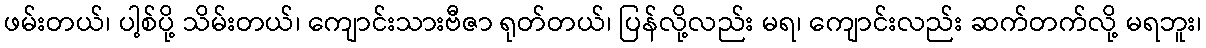
ဖမ်းတယ်၊ ပါ့စ်ပို့ သိမ်းတယ်၊ ကျောင်းသားဗီဇာ ရုတ်တယ်၊ ပြန်လို့လည်း မရ၊ ကျောင်းလည်း ဆက်တက်လို့ မရဘူး၊